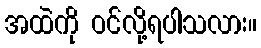
အထဲကို ဝင်လို့ရပါသလား။